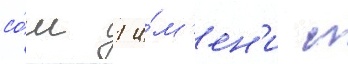
со́ш 1 и́м'ен'и с